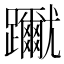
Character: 𨇳